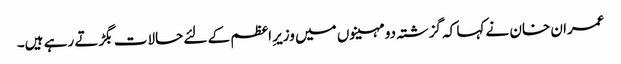
عمران خان نے کہا کہ گزشتہ دو مہینوں میں وزیرِ اعظم کے لئے حالات بگڑتے رہے ہیں۔